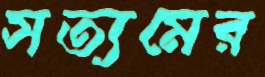
সত্যমের